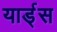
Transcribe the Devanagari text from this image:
यार्ड्‌स